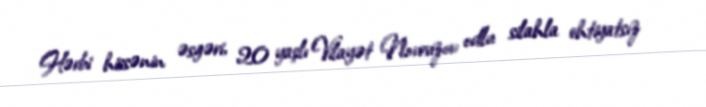
Hərbi hissənin əsgəri, 20 yaşlı Vilayət Novruzov odlu silahla ehtiyatsız